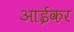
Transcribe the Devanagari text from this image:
आईकर